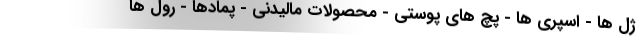
ژل ها - اسپری ها - پچ های پوستی - محصولات مالیدنی - پمادها - رول ها